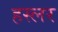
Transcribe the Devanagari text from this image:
हस्‍लर